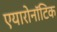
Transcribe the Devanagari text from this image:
एयारोनॉटिक